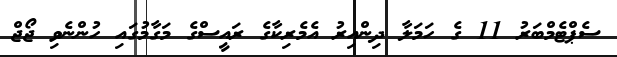
ސެޕްޓެމްބަރު 11 ގެ ހަމަލާ ދިންއިރު އެމެރިކާގެ ރައީސްގެ މަގާމުގައި ހުންނެވި ޖޯޖް